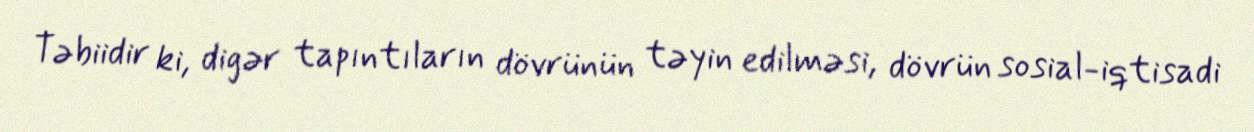
Təbiidir ki, digər tapıntıların dövrünün təyin edilməsi, dövrün sosial-iqtisadi